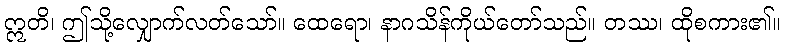
ဣတိ၊ ဤသို့လျှောက်လတ်သော်။ ထေရော၊ နာဂသိန်ကိုယ်တော်သည်။ တဿ၊ ထိုစကား၏။